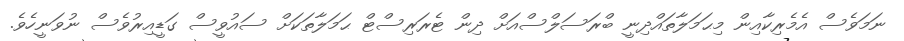
ނަމަވެސް އެމެރިކާއިން މިޙަމަލާތައްދިނީ ބްރަސަލްސްއަށް ދިން ޓެރަރިސްޓް ޙަމަލާތަކަށް ސައުވީސް ގަޑީއިރުވެސް ނުވަނީހެވެ.